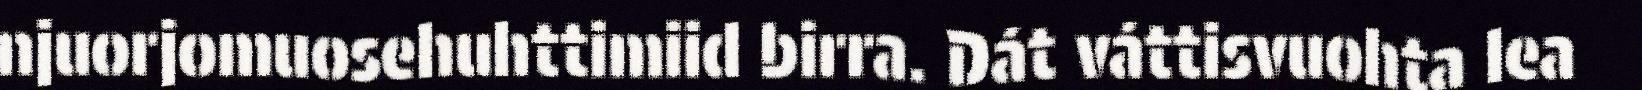
njuorjomuosehuhttimiid birra. Dát váttisvuohta lea